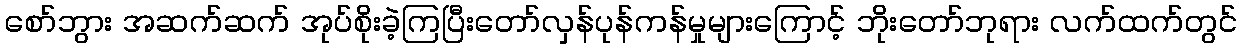
စော်ဘွား အဆက်ဆက် အုပ်စိုးခဲ့ကြပြီးတော်လှန်ပုန်ကန်မှုများကြောင့် ဘိုးတော်ဘုရား လက်ထက်တွင်